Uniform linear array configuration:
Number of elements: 32
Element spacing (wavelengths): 0.75
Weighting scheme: hamming
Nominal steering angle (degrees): -15
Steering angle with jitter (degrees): -14.309
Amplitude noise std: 0.05
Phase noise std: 0.05

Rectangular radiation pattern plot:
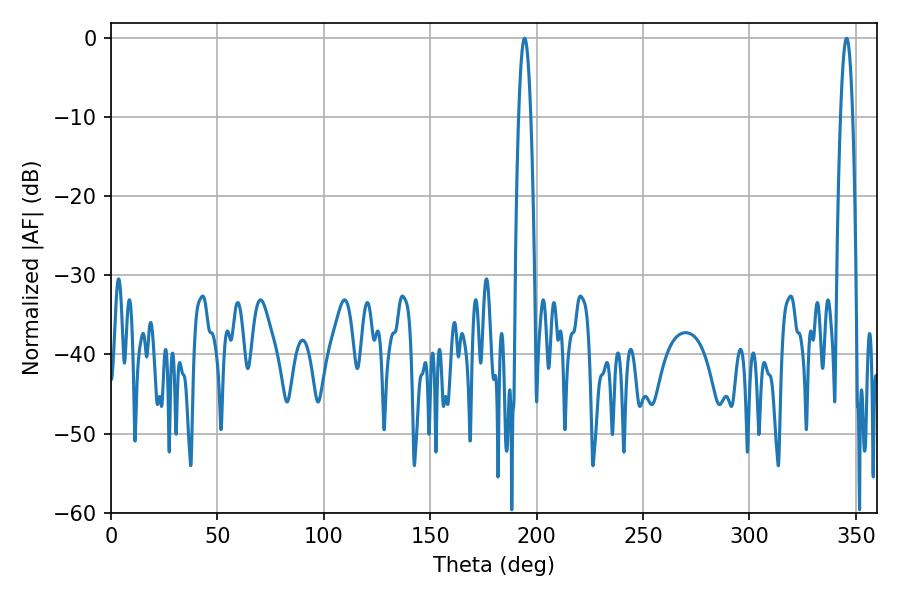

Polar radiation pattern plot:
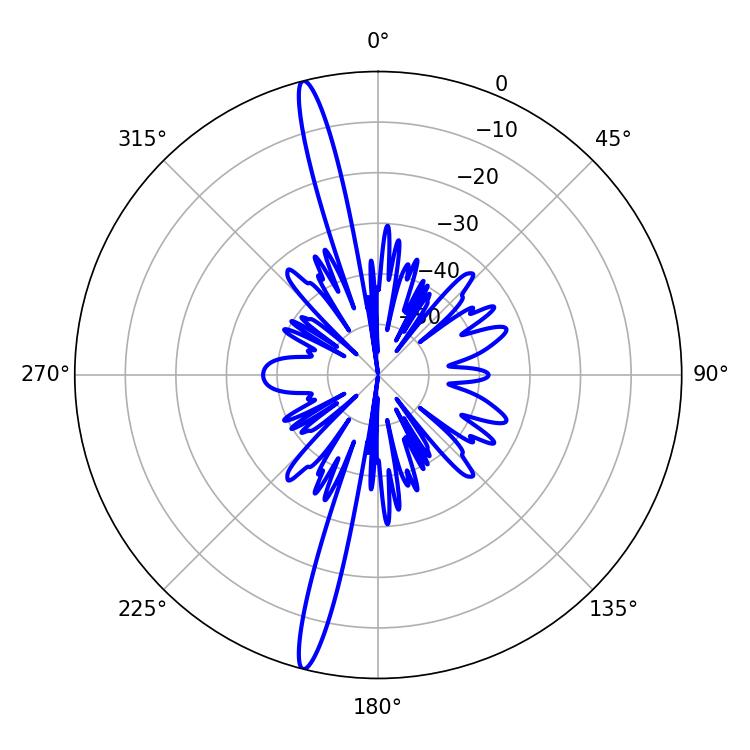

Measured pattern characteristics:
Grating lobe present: TRUE
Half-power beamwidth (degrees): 3.06
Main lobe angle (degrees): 345.6